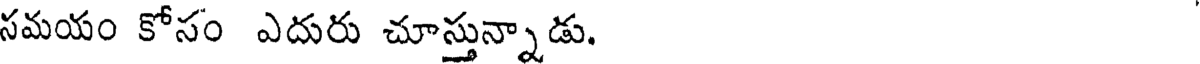
సమయం కోసం ఎదురు చూస్తున్నాడు.